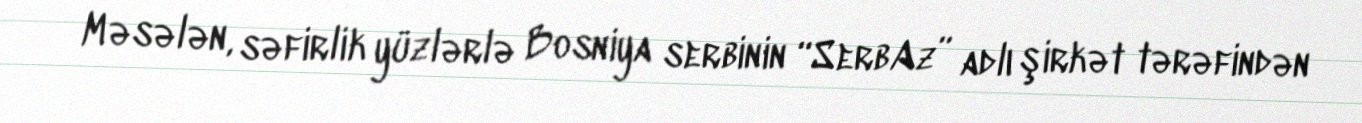
Məsələn, səfirlik yüzlərlə Bosniya serbinin “SerbAz” adlı şirkət tərəfindən